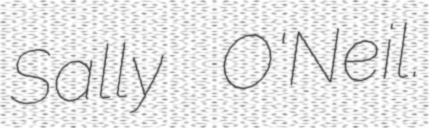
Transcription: Sally O'Neil.